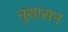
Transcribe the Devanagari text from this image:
नुशासन